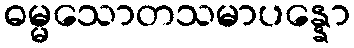
ဓမ္မသောတသမာပန္နော